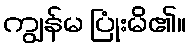
ကျွန်မ ပြုံးမိ၏။